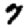
Digit: 7